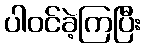
ပါဝင်ခဲ့ကြပြီး